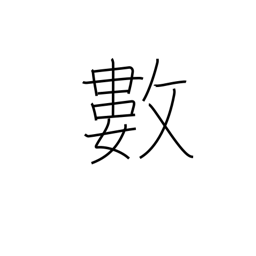
Meaning: figures